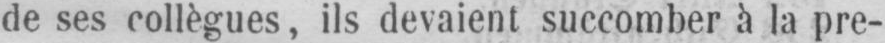
de ses collègues, ils devaient succomber à la pre-